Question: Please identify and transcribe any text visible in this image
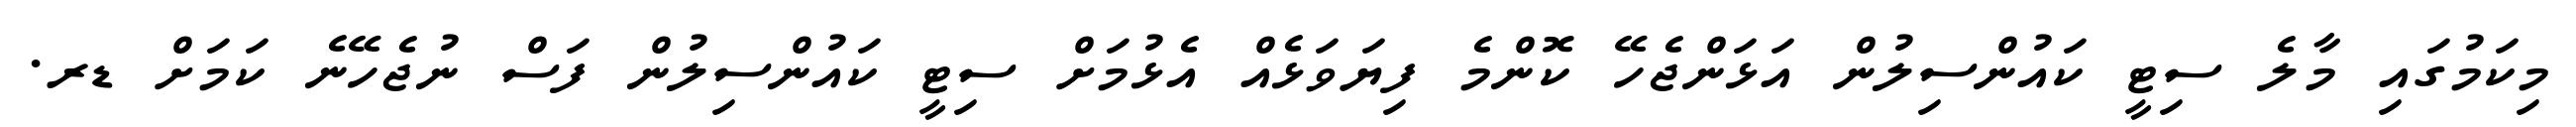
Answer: މިކަމުގައި މާލެ ސިޓީ ކައުންސިލުން އަޅަންޖެހޭ ކޮންމެ ފިޔަވަޅެއް އެޅުމަށް ސިޓީ ކައުންސިލުން ފަސް ނުޖެހޭނެ ކަމަށް ޑރ.